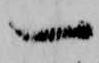
一